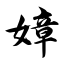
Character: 嫜